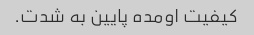
کیفیت اومده پایین به شدت.